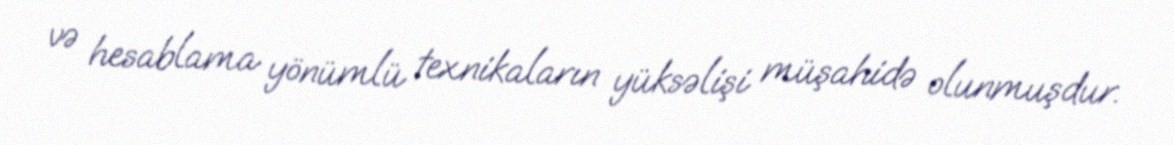
və hesablama yönümlü texnikaların yüksəlişi müşahidə olunmuşdur.